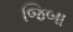
જિબા